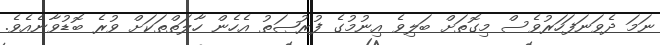
ނަމަ ދެވަނަފަހަރުވެސް މިގޮތަށް ބަލިވެ އިނުމުގެ ފުރުޞަތު އެހެން ހާލަތްތަކަށް ވުރެ ބޮޑުވާނެއެވެ.